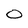
Character: 0